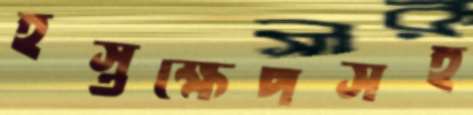
হস্তক্ষেপসহ